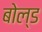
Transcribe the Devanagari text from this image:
बोल्‍ड